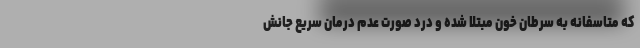
که متاسفانه به سرطان خون مبتلا شده و درد صورت عدم درمان سریع جانش